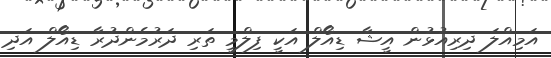
އަމިއްލަ ދިރިއުޅުން އީޝާ ޑިއޯލް އަކީ ފިލްމީ ތަރި ދަރުމެންދުރާ ޑިއޯލް އަދި